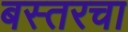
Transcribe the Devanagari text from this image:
बस्तरचा